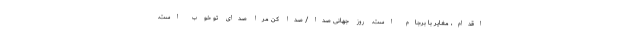
اقدام، مغایر با برجام است. روز جهانی صدا/ صدا کن مرا صدای تو خوب است.